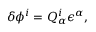
\delta \phi ^ { i } = Q _ { \alpha } ^ { i } \epsilon ^ { \alpha } ,